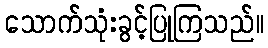
သောက်သုံးခွင့်ပြုကြသည်။